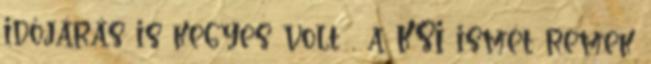
időjárás is kegyes volt , a KSI ismét remek